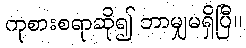
ကုစားစရာဆို၍ ဘာမျှမရှိပြီ။